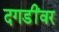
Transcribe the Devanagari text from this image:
दगडींवर